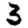
Digit: 3